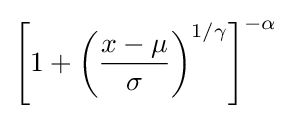
\left[1+\left({\frac {x-\mu }{\sigma }}\right)^{1/\gamma }\right]^{-\alpha }